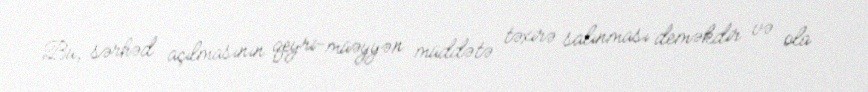
Bu, sərhəd açılmasının qeyri-müəyyən müddətə təxirə salınması deməkdir və ola